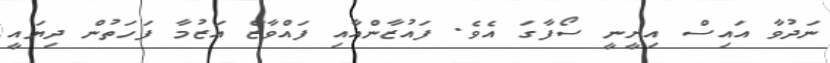
ނަދުވާ އައިސް އިށީނީ ސޯފާގަ އެވެ. ފައުޒާންއާއި ފައްވާޒް އަޒުމާ ފަހަތުން ދިޔައީ